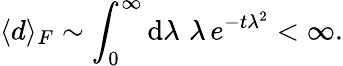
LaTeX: \langle d\rangle_{F}\sim\int_{0}^{\infty}\mathrm{d}\lambda\, \, \lambda\, e^{-t\lambda^{2}}<\infty.